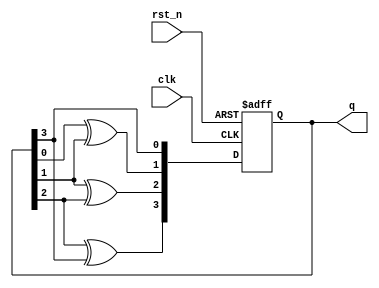
module JohnsonCounter (
    input wire clk,
    input wire rst_n,
    output reg [3:0] q
);

reg [3:0] next_q;

always @(posedge clk or negedge rst_n) begin
    if (~rst_n) begin
        q <= 4'b0000;
    end else begin
        q <= next_q;
    end
end

always @(*) begin
    next_q[0] = q[3];
    next_q[1] = q[0] ^ q[1];
    next_q[2] = q[1] ^ q[2];
    next_q[3] = q[2] ^ q[3];
end

endmodule